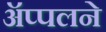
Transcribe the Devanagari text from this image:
ॲप्पलने